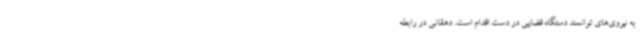
به نیروی‌های توانمند دستگاه قضایی در دست اقدام است. دهقانی در رابطه